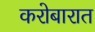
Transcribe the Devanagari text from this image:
करोबारात